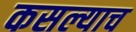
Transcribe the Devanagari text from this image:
कसल्याच